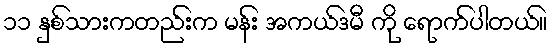
၁၁ နှစ်သားကတည်းက မန်း အကယ်ဒမီ ကို ရောက်ပါတယ်။